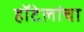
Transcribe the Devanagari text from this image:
हॉटेलांचा